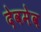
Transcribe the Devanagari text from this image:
देवमेव